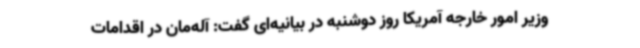
وزیر امور خارجه آمریکا روز دوشنبه در بیانیه‌ای گفت: آله‌مان در اقدامات